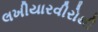
લખીયારવીરોથી